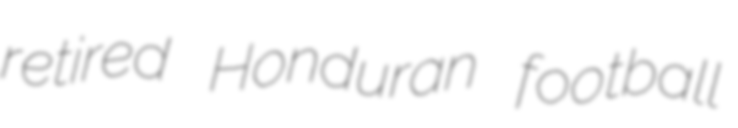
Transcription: retired Honduran football